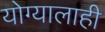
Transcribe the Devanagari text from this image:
योग्यालाही